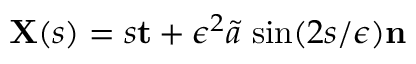
\mathbf { X } ( s ) = s \mathbf { t } + \epsilon ^ { 2 } \Tilde { a } \, \sin ( 2 s / \epsilon ) \mathbf { n }